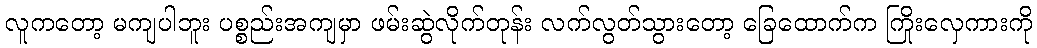
လူကတော့ မကျပါဘူး ပစ္စည်းအကျမှာ ဖမ်းဆွဲလိုက်တုန်း လက်လွတ်သွားတော့ ခြေထောက်က ကြိုးလှေကားကို